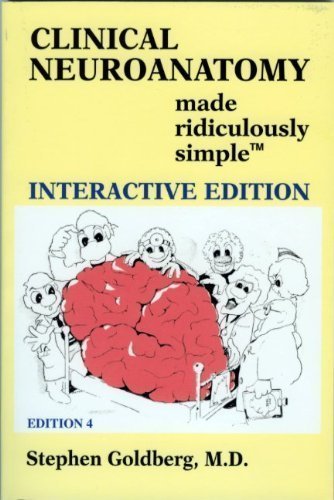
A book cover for Clinical Neuroanatomy Made Ridiculously Simple 4th (fourth) Edition by Stephen Goldberg published by MedMaster Inc (2010); Medical Books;